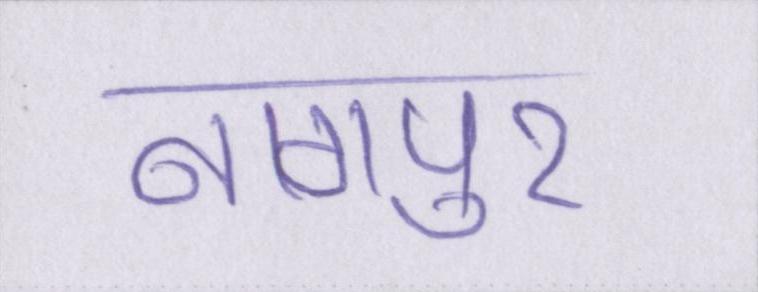
नागपुर